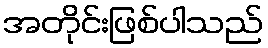
အတိုင်းဖြစ်ပါသည်